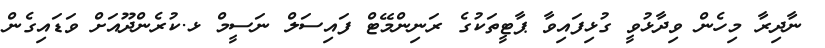
ނާދިރާ މިހެން ވިދާޅުވީ ގުޅިފައިވާ ޕާޓީތަކުގެ ރަނިންމޭޓް ފައިސަލް ނަސީމް ޅ.ކުރެންދޫއަށް ވަޑައިގެން